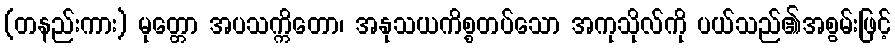
(တနည်းကား) မုတ္တော အပသက္ကိတော၊ အနုသယကိစ္စတပ်သော အကုသိုလ်ကို ပယ်သည်၏အစွမ်းဖြင့်